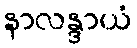
နာလန္ဒာယံ